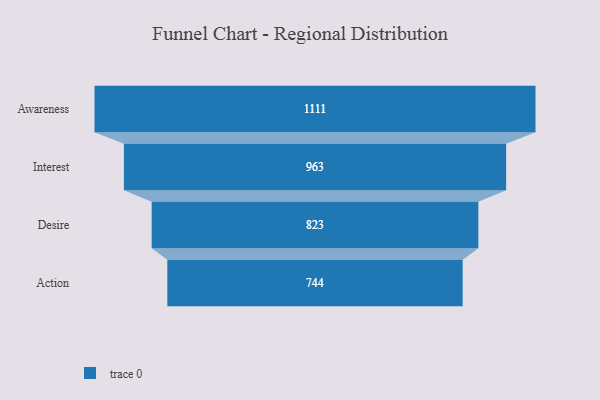
{"axis": {"x": "Stage", "y": "Value"}, "legend": [""], "data": [{"x": "Awareness", "y": 1111.0, "type": ""}, {"x": "Interest", "y": 963.0, "type": ""}, {"x": "Desire", "y": 823.0, "type": ""}, {"x": "Action", "y": 744.0, "type": ""}]}